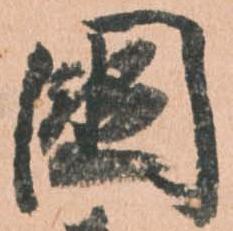
国